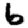
Digit: 6